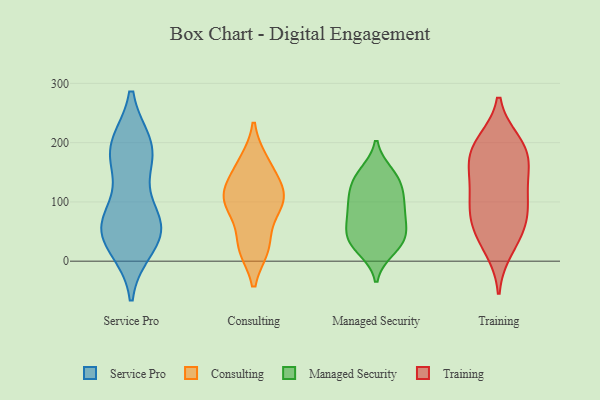
{"axis": {"x": "Customer Acquisition Cost (USD)", "y": "Value"}, "legend": ["Consulting", "Managed Security", "Service Pro", "Training"], "data": [{"x": "", "y": 27, "type": "Service Pro"}, {"x": "", "y": 62, "type": "Service Pro"}, {"x": "", "y": 193, "type": "Service Pro"}, {"x": "", "y": 182, "type": "Service Pro"}, {"x": "", "y": 185, "type": "Service Pro"}, {"x": "", "y": 52, "type": "Service Pro"}, {"x": "", "y": 184, "type": "Service Pro"}, {"x": "", "y": 70, "type": "Service Pro"}, {"x": "", "y": 60, "type": "Service Pro"}, {"x": "", "y": 46, "type": "Service Pro"}, {"x": "", "y": 98, "type": "Consulting"}, {"x": "", "y": 135, "type": "Consulting"}, {"x": "", "y": 122, "type": "Consulting"}, {"x": "", "y": 24, "type": "Consulting"}, {"x": "", "y": 23, "type": "Consulting"}, {"x": "", "y": 83, "type": "Consulting"}, {"x": "", "y": 168, "type": "Consulting"}, {"x": "", "y": 167, "type": "Consulting"}, {"x": "", "y": 102, "type": "Consulting"}, {"x": "", "y": 115, "type": "Consulting"}, {"x": "", "y": 24, "type": "Consulting"}, {"x": "", "y": 97, "type": "Consulting"}, {"x": "", "y": 111, "type": "Managed Security"}, {"x": "", "y": 51, "type": "Managed Security"}, {"x": "", "y": 136, "type": "Managed Security"}, {"x": "", "y": 102, "type": "Managed Security"}, {"x": "", "y": 148, "type": "Managed Security"}, {"x": "", "y": 51, "type": "Managed Security"}, {"x": "", "y": 20, "type": "Managed Security"}, {"x": "", "y": 75, "type": "Managed Security"}, {"x": "", "y": 85, "type": "Managed Security"}, {"x": "", "y": 30, "type": "Managed Security"}, {"x": "", "y": 146, "type": "Managed Security"}, {"x": "", "y": 84, "type": "Managed Security"}, {"x": "", "y": 39, "type": "Managed Security"}, {"x": "", "y": 124, "type": "Managed Security"}, {"x": "", "y": 29, "type": "Managed Security"}, {"x": "", "y": 159, "type": "Training"}, {"x": "", "y": 199, "type": "Training"}, {"x": "", "y": 190, "type": "Training"}, {"x": "", "y": 92, "type": "Training"}, {"x": "", "y": 191, "type": "Training"}, {"x": "", "y": 50, "type": "Training"}, {"x": "", "y": 122, "type": "Training"}, {"x": "", "y": 77, "type": "Training"}, {"x": "", "y": 139, "type": "Training"}, {"x": "", "y": 94, "type": "Training"}, {"x": "", "y": 177, "type": "Training"}, {"x": "", "y": 22, "type": "Training"}, {"x": "", "y": 50, "type": "Training"}]}